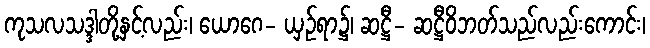
ကုသလသဒ္ဒါတို့နှင့်လည်း၊ ယောဂေ- ယှဉ်ရာ၌၊ ဆဋ္ဌီ- ဆဋ္ဌီဝိဘတ်သည်လည်းကောင်း၊